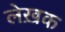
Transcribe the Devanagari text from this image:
लेख़क